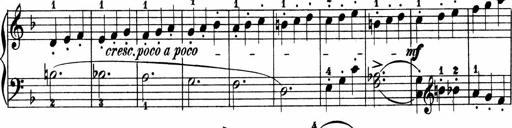
Title: 2 instructive Sonatinen
Composer: Paul Schumacher